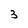
Character: 3